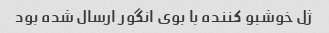
ژل خوشبو کننده با بوی انگور ارسال شده بود